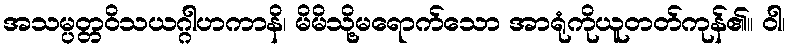
အသမ္ပတ္တဝိသယဂ္ဂါဟကာနိ၊ မိမိသို့မရောက်သော အာရုံကိုယူတတ်ကုန်၏။ ဝါ၊